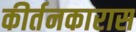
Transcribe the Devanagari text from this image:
कीर्तनकारास